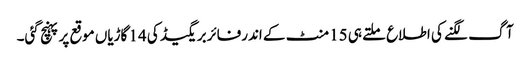
آگ لگنے کی اطلاع ملتے ہی 15 منٹ کے اندرفائربریگیڈ کی 14 گاڑیاں موقع پرپہنچ گئی۔